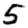
Digit: 5